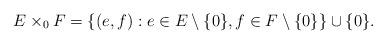
LaTeX: \begin{align*}E\times_0F = \{(e,f) : e\in E\setminus\{0\}, f\in F\setminus\{0\}\}\cup\{0\}.\end{align*}